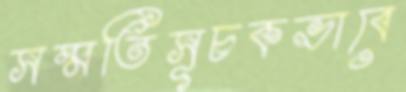
সম্মতিসূচকভাবে